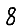
Digit: 8